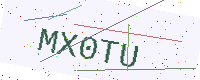
Text: MX0TU